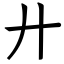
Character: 廾